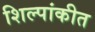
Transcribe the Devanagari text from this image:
शिल्पांकीत